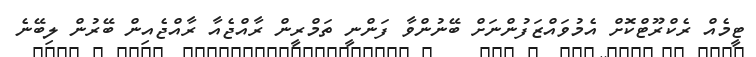
ޓީމެއް ރެކްރޫޓްކޮށް އެމުވައްޒަފުންނަށް ބޭނުންވާ ފަންނީ ތަމްރީން ރާއްޖެއާ ރާއްޖެއިން ބޭރުން ލިބޭނެ